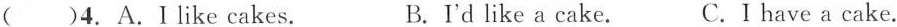
( )4. A.I like cakes. B.I'd like a cake. C.I have a cake.